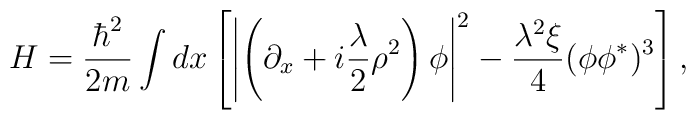
H=\frac{\hbar^2}{2m}\int dx\left[\left|\left(\partial_x +i{\lambda\over 2}\rho^2\right) \phi\right|^{2}-\frac{\lambda^2\xi}{4}(\phi\phi^*)^3\right ] ,